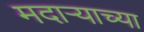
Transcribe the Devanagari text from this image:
मदाऱ्याच्या